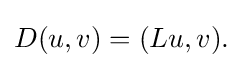
\displaystyle {D(u,v)=(Lu,v).}